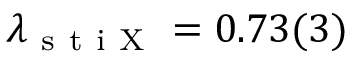
\lambda _ { \mathrm { ~ s ~ t ~ i ~ X ~ } } = 0 . 7 3 ( 3 )